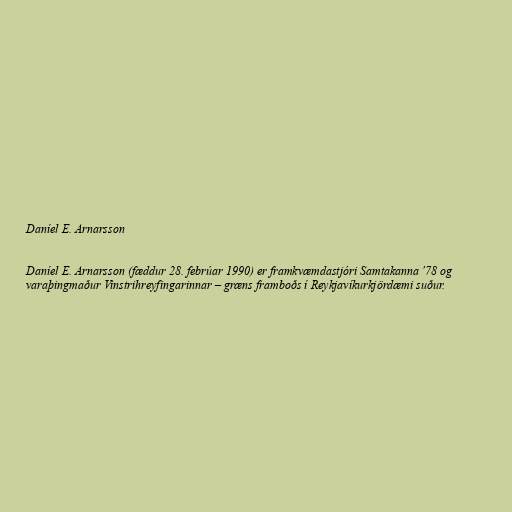
Daníel E. Arnarsson

Daníel E. Arnarsson (fæddur 28. febrúar 1990) er framkvæmdastjóri Samtakanna '78 og
varaþingmaður Vinstrihreyfingarinnar – græns framboðs í Reykjavíkurkjördæmi suður.